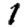
Digit: 1